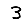
Digit: 3